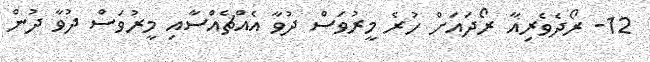
12- ރޯދެވެރިއާ ރޯދައަށް ހުރެ މީރުވަސް ދުވާ އެއްޗެއްސާއި މީރުވަސް ދުވާ ދުން